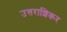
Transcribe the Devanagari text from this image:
उत्तराशिकर